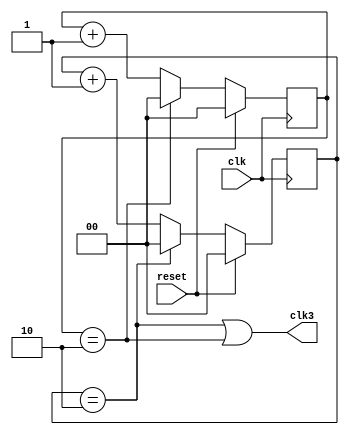
module clock3(output wire clk3,input clk,reset);
reg[1:0] p;
reg[1:0] n;
always@(posedge clk)
begin
if(reset)
p<=0;
else if(p==2)
p<=0;
else
p<=p+1;
end

always@(negedge clk)
begin
if(reset)
n<=0;
else if(n==2)
n<=0;
else
n<=n+1;
end
assign clk3=((p==2)|(n==2));

endmodule